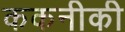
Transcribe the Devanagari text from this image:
ककनीकी